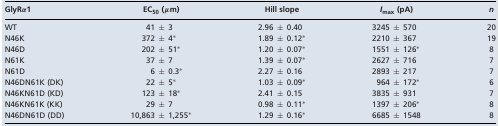
| GlyRα1 | EC50 (μm) | Hill slope | Imax (pA) | n |
 | --- | --- | --- | --- | --- |
 | WT | 41 ± 3 | 2.96 ± 0.40 | 3245 ± 570 | 20 |
 | N46K | 372 ± 4* | 1.89 ± 0.12* | 2210 ± 367 | 19 |
 | N46D | 202 ± 51* | 1.20 ± 0.07* | 1551 ± 126* | 8 |
 | N61K | 37 ± 7 | 1.39 ± 0.07* | 2627 ± 716 | 7 |
 | N61D | 6 ± 0.3* | 2.27 ± 0.16 | 2893 ± 217 | 7 |
 | N46DN61K (DK) | 22 ± 5* | 1.03 ± 0.09* | 964 ± 172* | 6 |
 | N46KN61D (KD) | 123 ± 18* | 2.41 ± 0.15 | 3835 ± 931 | 7 |
 | N46KN61K (KK) | 29 ± 7 | 0.98 ± 0.11* | 1397 ± 206* | 8 |
 | N46DN61D (DD) | 10,863 ± 1,255* | 1.29 ± 0.16* | 6685 ± 1548 | 8 |